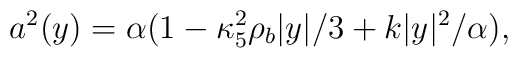
a^2(y)=\alpha(1-\kappa^2_5\rho_b |y|/3+k|y|^2/\alpha),